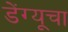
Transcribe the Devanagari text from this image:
डेंग्यूचा